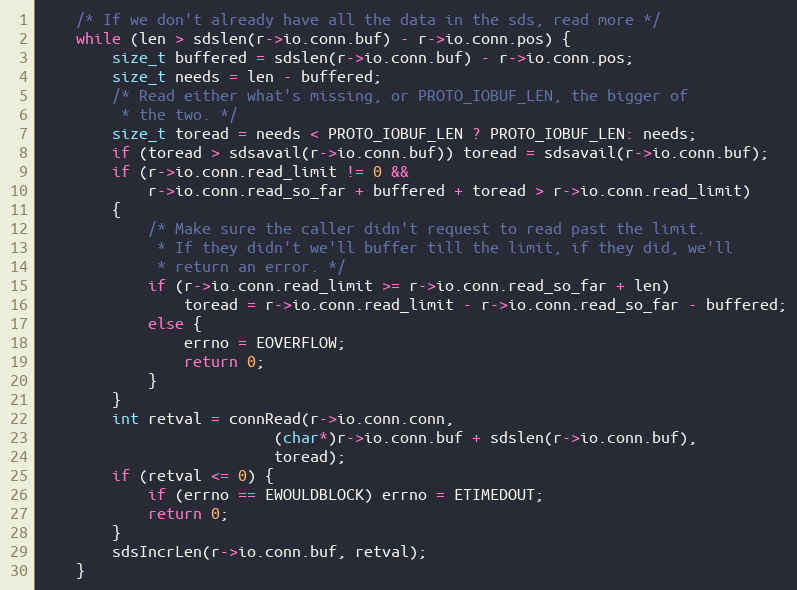
Language: C
    /* If we don't already have all the data in the sds, read more */
    while (len > sdslen(r->io.conn.buf) - r->io.conn.pos) {
        size_t buffered = sdslen(r->io.conn.buf) - r->io.conn.pos;
        size_t needs = len - buffered;
        /* Read either what's missing, or PROTO_IOBUF_LEN, the bigger of
         * the two. */
        size_t toread = needs < PROTO_IOBUF_LEN ? PROTO_IOBUF_LEN: needs;
        if (toread > sdsavail(r->io.conn.buf)) toread = sdsavail(r->io.conn.buf);
        if (r->io.conn.read_limit != 0 &&
            r->io.conn.read_so_far + buffered + toread > r->io.conn.read_limit)
        {
            /* Make sure the caller didn't request to read past the limit.
             * If they didn't we'll buffer till the limit, if they did, we'll
             * return an error. */
            if (r->io.conn.read_limit >= r->io.conn.read_so_far + len)
                toread = r->io.conn.read_limit - r->io.conn.read_so_far - buffered;
            else {
                errno = EOVERFLOW;
                return 0;
            }
        }
        int retval = connRead(r->io.conn.conn,
                          (char*)r->io.conn.buf + sdslen(r->io.conn.buf),
                          toread);
        if (retval <= 0) {
            if (errno == EWOULDBLOCK) errno = ETIMEDOUT;
            return 0;
        }
        sdsIncrLen(r->io.conn.buf, retval);
    }